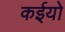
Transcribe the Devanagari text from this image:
कईयो